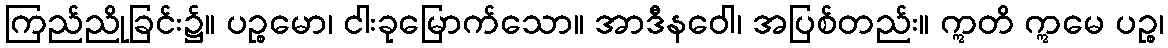
ကြည်ညိုခြင်း၌။ ပဉ္စမော၊ ငါးခုမြောက်သော။ အာဒီနဝေါ၊ အပြစ်တည်း။ ဣတိ ဣမေ ပဉ္စ၊